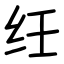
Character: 纴